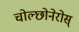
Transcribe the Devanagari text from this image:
चोल्छोनेरोस्